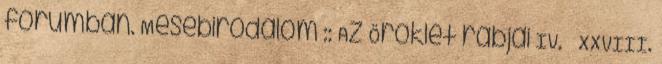
fórumban. Mesebirodalom :: Az Öröklét rabjai IV. XXVIII.